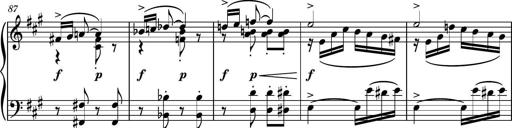
Title: Piano Sonatina No.6
Composer: Dimitri Sykias
Key: A major